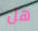
هل